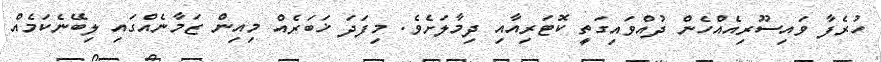
ހުރެފާ ވައިސޫރިއެއްހެން ދުއްވައިގަތީ ކޮޓަރިއާއި ދިމާލަށެވެ. މިފަދަ ޚަބަރެއް މިއިން ޒަމާނެއްގައި ލިބޭނެކަމެއް